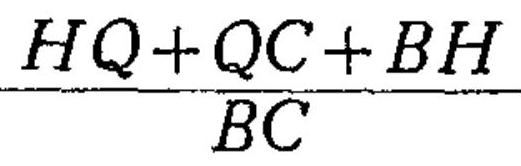
\frac{HQ + QC + BH}{BC}